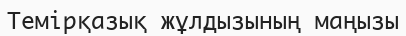
Темірқазық жұлдызының маңызы